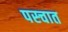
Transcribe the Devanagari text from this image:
पस्चात